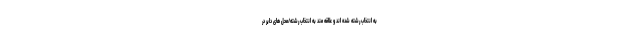
به انتخاب رشته شده اند و علاقه مند به انتخاب رشته/محل های دایر در